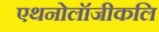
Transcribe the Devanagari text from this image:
एथनोलॉजीकलि